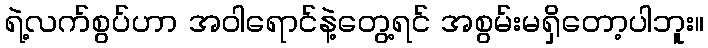
ရဲ့လက်စွပ်ဟာ အဝါရောင်နဲ့တွေ့ရင် အစွမ်းမရှိတော့ပါဘူး။